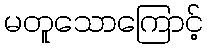
မတူသောကြောင့်